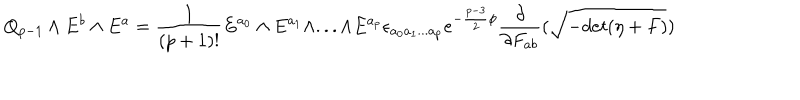
Q _ { p - 1 } \wedge E ^ { b } \wedge E ^ { a } = { \frac { 1 } { ( p + 1 ) ! } } E ^ { a _ { 0 } } \wedge E ^ { a _ { 1 } } \wedge . . . \wedge E ^ { a _ { p } } \epsilon _ { a _ { 0 } a _ { 1 } . . . a _ { p } } e ^ { - { \frac { p - 3 } { 2 } } \phi } { \frac { \partial } { \partial F _ { a b } } } ( \sqrt { - d e t ( \eta + F ) } )